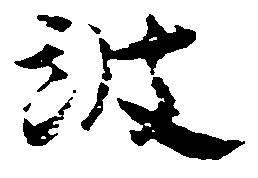
波